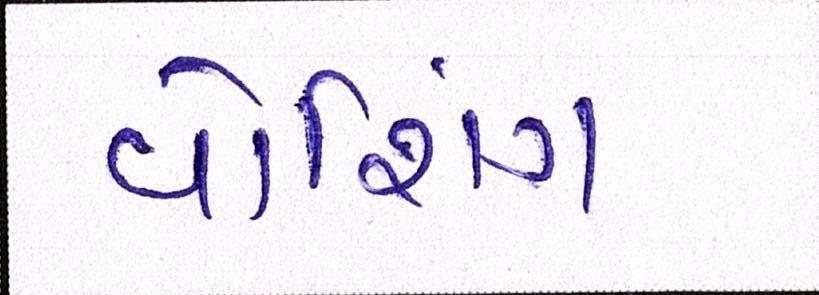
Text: વોશિંગ